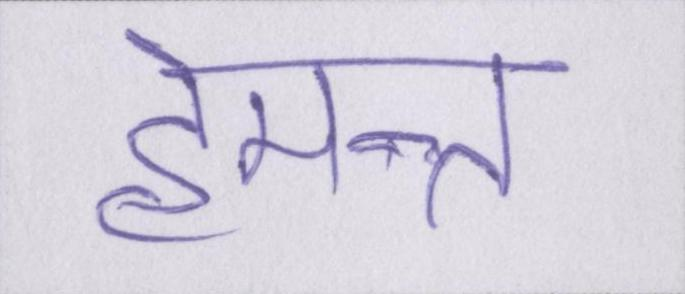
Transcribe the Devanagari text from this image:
हेमन्त